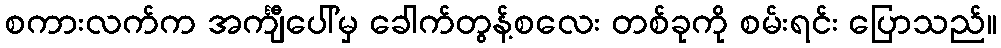
စကားလက်က အင်္ကျီပေါ်မှ ခေါက်တွန့်စလေး တစ်ခုကို စမ်းရင်း ပြောသည်။